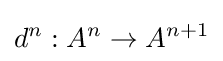
d^{n}:A^{n}\to A^{n+1}